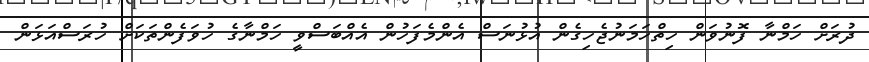
ދުރަށް ހަމްނާ ފޮނުވަން ހިތްހަމަނުޖެހިގެން އުޅުނަސް އެންމެފަހުން އެއްބަސްވީ ހަމްނާގެ ހުވަފެންތަކަށް ހުރަސްއަޅަން